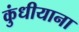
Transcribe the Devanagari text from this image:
कुंधीयाना